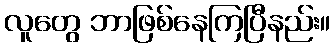
လူတွေ ဘာဖြစ်နေကြပြီနည်း။